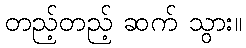
တည့်တည့် ဆက် သွား။